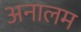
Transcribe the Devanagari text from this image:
अनालम